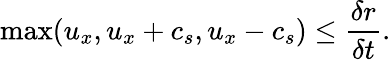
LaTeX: \operatorname*{max}(u_{x},u_{x}+c_{s},u_{x}-c_{s})\leq\frac{\delta r}{\delta t}.